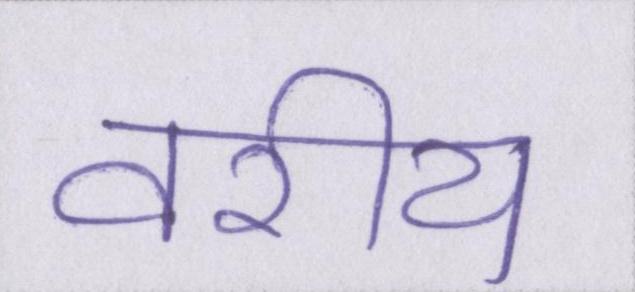
वरीय